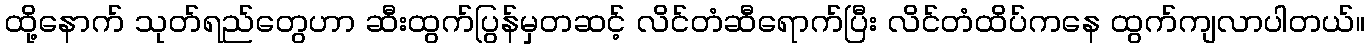
ထို့နောက် သုတ်ရည်တွေဟာ ဆီးထွက်ပြွန်မှတဆင့် လိင်တံဆီရောက်ပြီး လိင်တံထိပ်ကနေ ထွက်ကျလာပါတယ်။